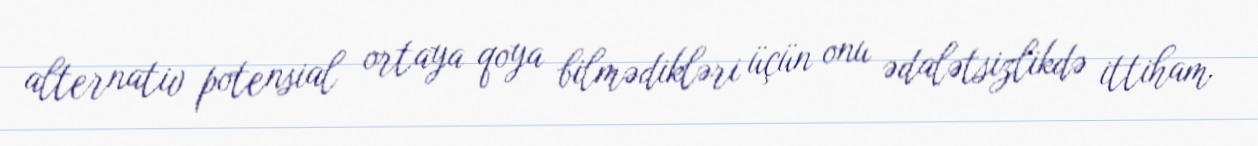
alternativ potensial ortaya qoya bilmədikləri üçün onu ədalətsizlikdə ittiham